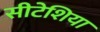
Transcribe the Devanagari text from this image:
सीटेशिया